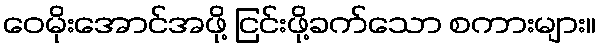
ဝေမိုးအောင်အဖို့ ငြင်းဖို့ခက်သော စကားများ။